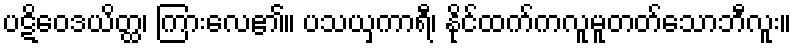
ပဋိဝေဒယိတ္ထ၊ ကြားလေ၏။ ပသယှကာရီ၊ နိုင်ထက်ကလူမူတတ်သောဘီလူး။